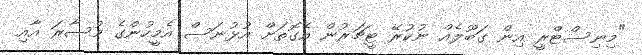
"މިނިސްޓްރީ އިން ގަބޫލެއް ނުކުރޭ ޓީޗަރުން އެގޮތަށް އުޅުނަސް އެމީހުންގެ މުސާރަ އާއި